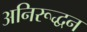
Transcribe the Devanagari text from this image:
अनिरूद्धन